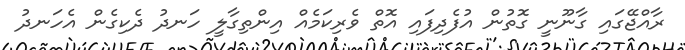
ރާއްޖޭގައި ގާނޫނީ ގޮތުން އުފެދިފައި އޮތް ވެރިކަމެއް އިންތިގާލީ ހަނދު ދެކިގެން އެހަނދު